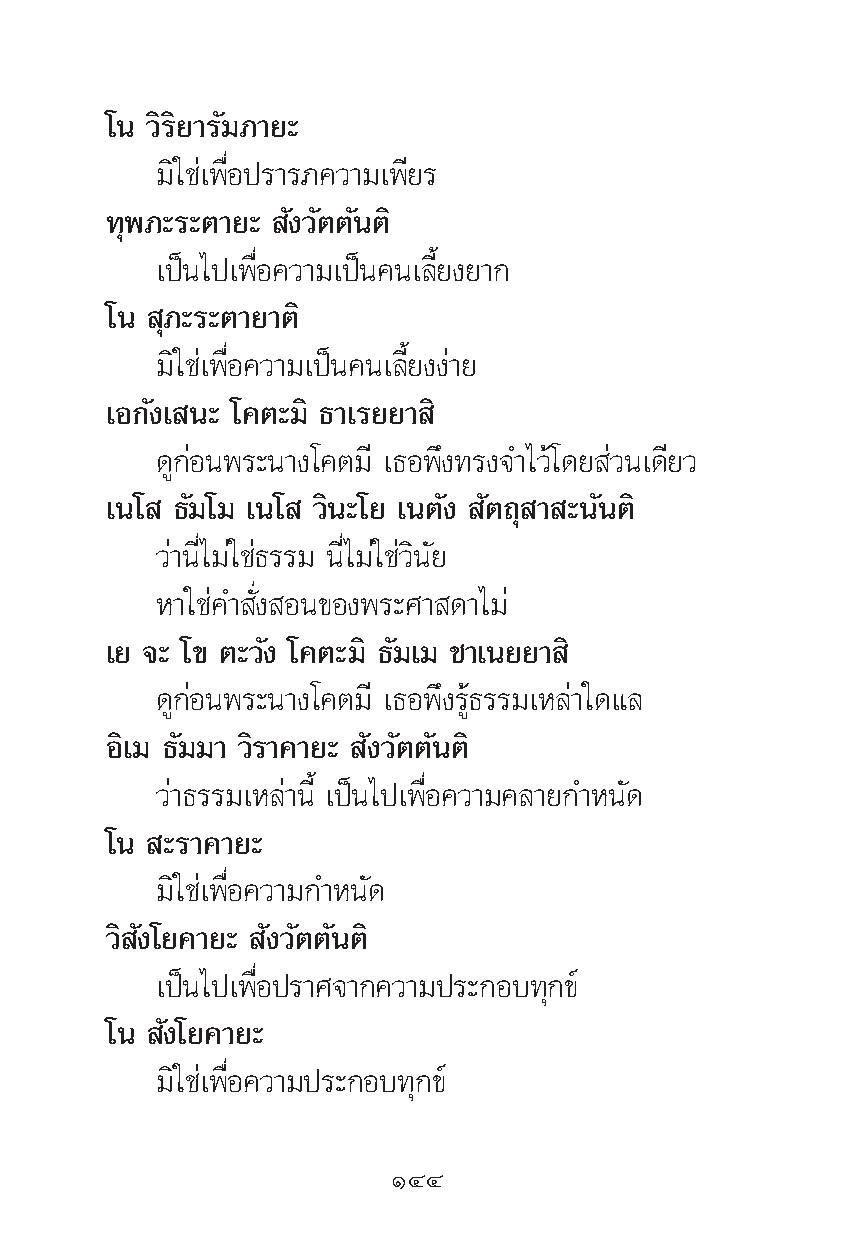
‚π «‘√‘¬“√—¡¿“¬–
 ¡‘„™à‡æ◊ËÕª√“√¿§«“¡‡æ’¬√
 ∑ÿæ¿–√–μ“¬– —ß«—μμ—πμ‘
 ‡ªìπ‰ª‡æ◊ËÕ§«“¡‡ªìπ§π‡≈’È¬ß¬“°
 ‚π  ÿ¿–√–μ“¬“μ‘
 ¡‘„™à‡æ◊ËÕ§«“¡‡ªìπ§π‡≈’È¬ßßà“¬
 ‡Õ°—ß‡ π– ‚§μ–¡‘ ∏“‡√¬¬“ ‘
 ¥Ÿ°àÕπæ√–π“ß‚§μ¡’ ‡∏Õæ÷ß∑√ß®”‰«â‚¥¬ à«π‡¥’¬«
 ‡π‚ ∏—¡‚¡ ‡π‚ «‘π–‚¬ ‡πμ—ß —μ∂ÿ “ –π—πμ‘
 «à“π’Ë‰¡à„™à∏√√¡ π’Ë‰¡à„™à«‘π—¬
 À“„™à§” —Ëß Õπ¢Õßæ√–»“ ¥“‰¡à
 ‡¬ ®– ‚¢ μ–«—ß ‚§μ–¡‘ ∏—¡‡¡ ™“‡π¬¬“ ‘
 ¥Ÿ°àÕπæ√–π“ß‚§μ¡’ ‡∏Õæ÷ß√Ÿâ∏√√¡‡À≈à“„¥·≈
 Õ‘‡¡ ∏—¡¡“ «‘√“§“¬– —ß«—μμ—πμ‘
 «à“∏√√¡‡À≈à“π’È ‡ªìπ‰ª‡æ◊ËÕ§«“¡§≈“¬°”Àπ—¥
 ‚π  –√“§“¬–
 ¡‘„™à‡æ◊ËÕ§«“¡°”Àπ—¥
 «‘ —ß‚¬§“¬– —ß«—μμ—πμ‘
 ‡ªìπ‰ª‡æ◊ËÕª√“»®“°§«“¡ª√–°Õ∫∑ÿ°¢å
 ‚π  —ß‚¬§“¬–
 ¡‘„™à‡æ◊ËÕ§«“¡ª√–°Õ∫∑ÿ°¢å
 ÒÙÙ